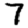
Digit: 7